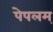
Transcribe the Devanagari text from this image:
पेपलम्